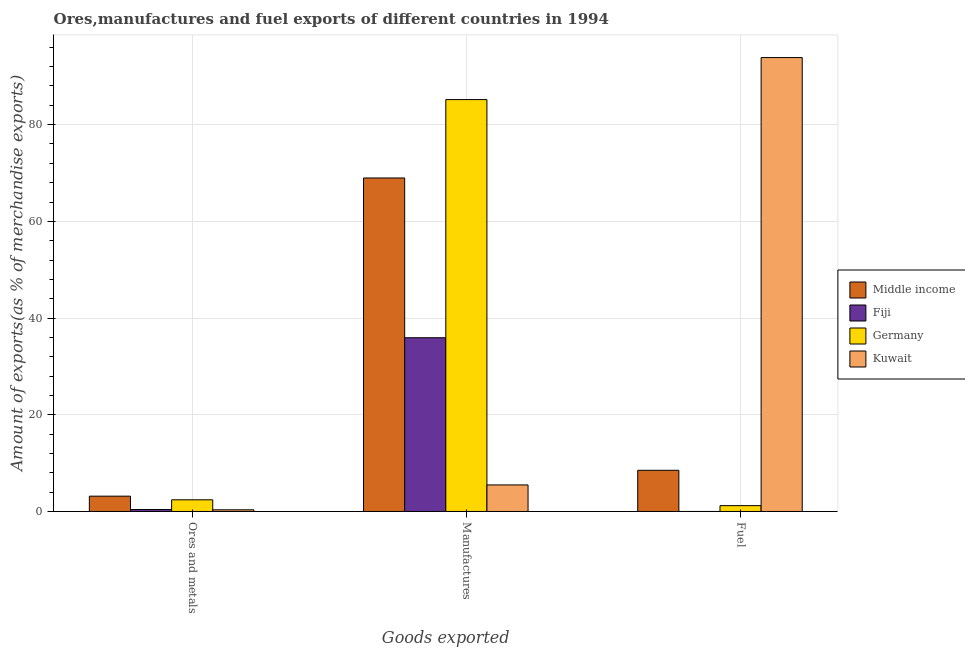
| Goods exported | Middle income | Fiji | Germany | Kuwait |
 | --- | --- | --- | --- | --- |
 | Ores and metals | 3.17 | 0.408 | 2.42 | 0.347 |
 | Manufactures | 69 | 35.9 | 85.2 | 5.49 |
 | Fuel | 8.52 | 0.00134 | 1.21 | 93.9 |